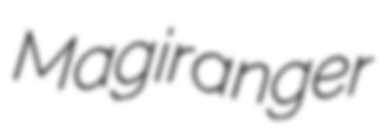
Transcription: Magiranger